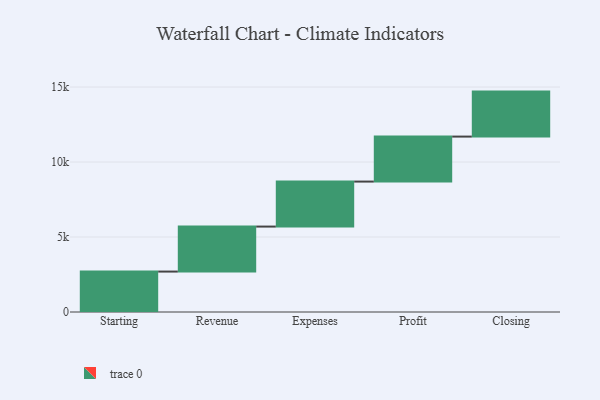
{"axis": {"x": "Step", "y": "Value"}, "legend": [""], "data": [{"x": "Starting", "y": 2696.0, "type": ""}, {"x": "Revenue", "y": 3000, "type": ""}, {"x": "Expenses", "y": 3000, "type": ""}, {"x": "Profit", "y": 3000, "type": ""}, {"x": "Closing", "y": 3000, "type": ""}]}